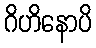
ဂိဟိနောပိ